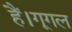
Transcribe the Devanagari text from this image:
हैं।गूगल